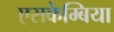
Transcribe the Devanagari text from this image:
एसकेम्बिया